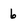
Character: 6